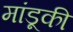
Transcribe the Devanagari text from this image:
मांडूकी